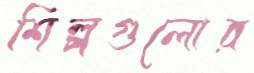
শিল্পগুলোর